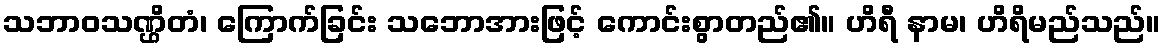
သဘာဝသဏ္ဌိတံ၊ ကြောက်ခြင်း သဘောအားဖြင့် ကောင်းစွာတည်၏။ ဟိရီ နာမ၊ ဟိရိမည်သည်။